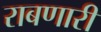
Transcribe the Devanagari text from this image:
राबणारी